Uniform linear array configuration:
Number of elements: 8
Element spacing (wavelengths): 0.25
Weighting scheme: cosine
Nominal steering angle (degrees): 45
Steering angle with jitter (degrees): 46.3
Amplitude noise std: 0.05
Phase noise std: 0.05

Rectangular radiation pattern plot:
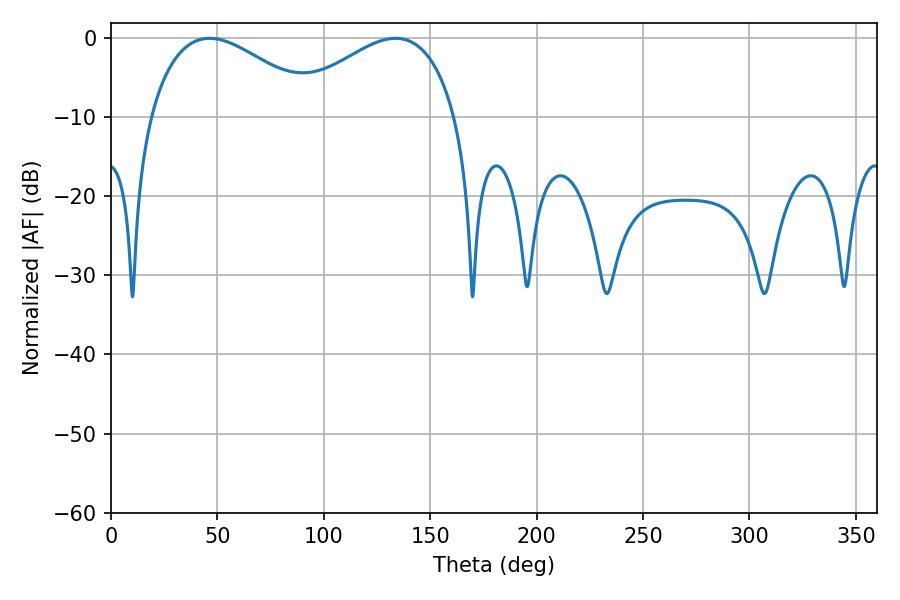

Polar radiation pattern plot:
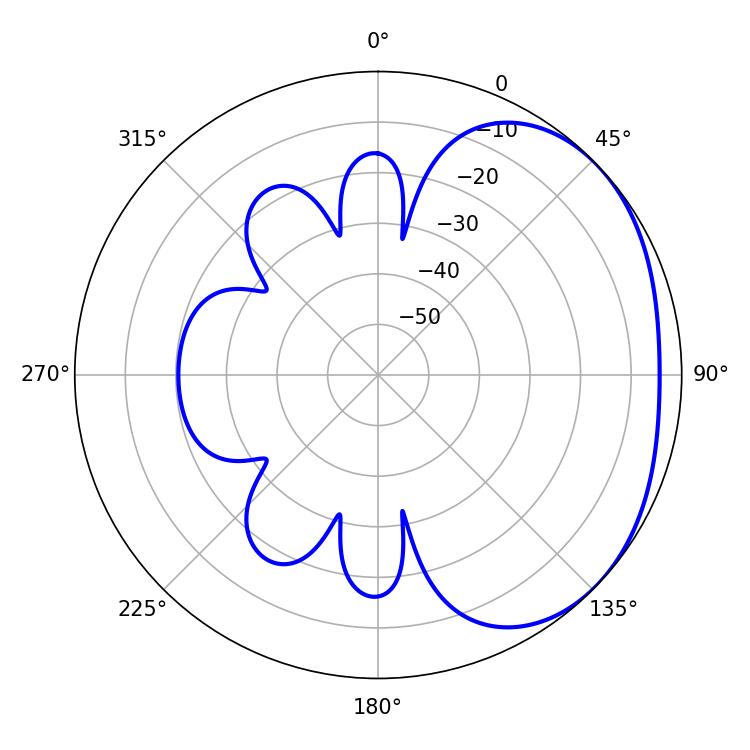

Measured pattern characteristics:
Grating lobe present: FALSE
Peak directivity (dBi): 2.261
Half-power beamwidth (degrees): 43.92
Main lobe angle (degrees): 46.26